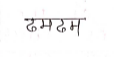
मजकूर: ढमढम